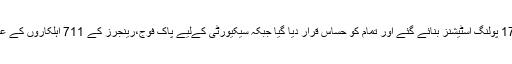
صوبائی اسمبلی کی اس نشست حلقہ پی پی78میں 171 پولنگ اسٹیشنز بنائے گئے اور تمام کو حساس قرار دیا گیا جبکہ سیکیورٹی کےلیے پاک فوج،رینجرز کے 711 اہلکاروں کے علاوہ پولیس کے دوہزار اہلکار ڈیوٹی پر تعینات رہے۔